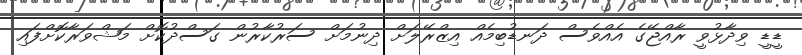
ޑީޑީ ވިދާޅުވީ ރާއްޖޭގެ އެއްވެސް ދަނޑުބިމެއް އިޒްރޭލަށް ދިނުމަށް ސަރުކާރުން ގަސްދުކޮށް މަޝްވަރާކޮށްފައި